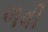
ળવી